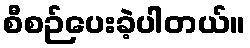
စီစဉ်ပေးခဲ့ပါတယ်။